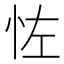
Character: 𪫦